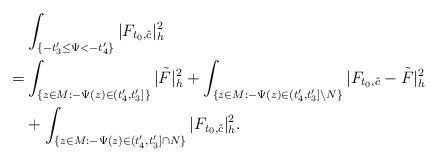
LaTeX: \begin{align*}&\int_{ \{-t'_3\le\Psi<-t'_4\}}|F_{t_0,\tilde{c}}|^2_h\\= & \int_{\{z\in M:-\Psi(z)\in (t'_4,t'_3]\}}|\tilde F|^2_h+\int_{\{z\in M:-\Psi(z)\in (t'_4,t'_3]\backslash N\}}|F_{t_0,\tilde{c}}-\tilde F|^2_h\\&+\int_{ \{z\in M: -\Psi(z)\in(t'_4,t'_3]\cap N\}}|F_{t_0,\tilde{c}}|^2_h.\end{align*}